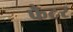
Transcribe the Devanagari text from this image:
फैटर